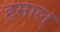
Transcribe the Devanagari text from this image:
हमाल्